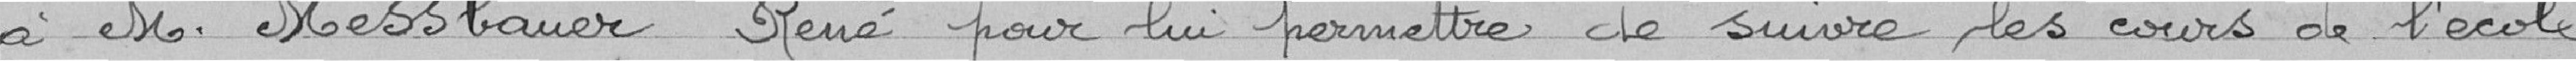
à Monsieur Messbauer René pour lui permettre de suivre les cours de l'école